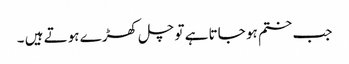
جب ختم ہو جاتا ہے تو چل کھڑے ہوتے ہیں ۔